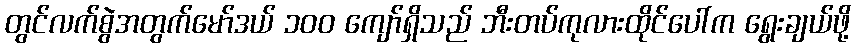
တွင်လက်စွဲအတွက်မော်ဒယ် ၁၀၀ ကျော်ရှိသည် ဘီးတပ်ကုလားထိုင်ပေါ်က ရွေးချယ်ဖို့